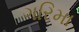
ગરિમા